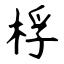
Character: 桴